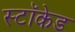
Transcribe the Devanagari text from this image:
स्टॉकेड